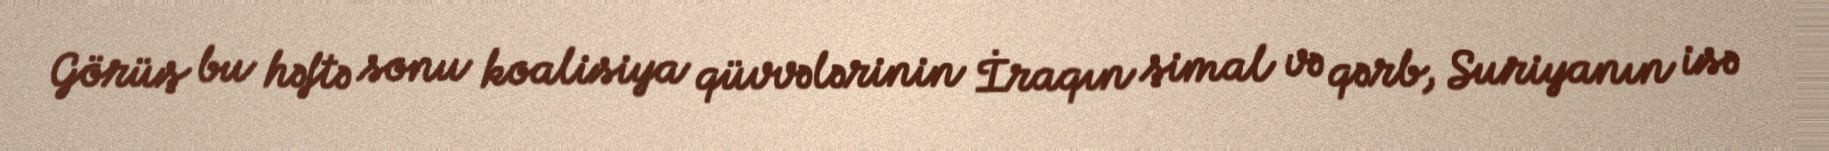
Görüş bu həftə sonu koalisiya qüvvələrinin İraqın şimal və qərb, Suriyanın isə